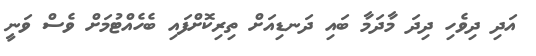
އަދި ދިވެހި ދިދަ މާދަމާ ބައި ދަނޑިއަށް ތިރިކޮށްފައި ބެހެއްޓުމަށް ވެސް ވަނީ